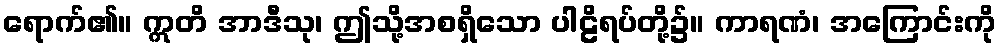
ရောက်၏။ ဣတိ အာဒီသု၊ ဤသို့အစရှိသော ပါဠိရပ်တို့၌။ ကာရဏံ၊ အကြောင်းကို